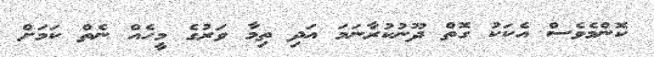
ކޮންމެވެސް އެކަކު ގޮތް ދޫނުކުރާނަމަ އަދި ތިމާ ވަރުގެ މީހެއް ނެތް ކަމަށް